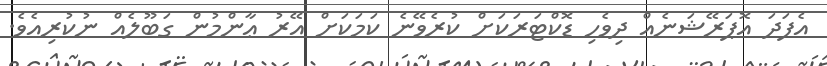
އެފަދަ އޮޕަރޭޝަނެއް ދިވެހި ޑޮކްޓަރަކަށް ކުރެވޭނެ ކަމަކަށް އޭރު ޢާންމުން ގަބޫލެއް ނުކުރިއެވެ.